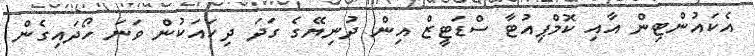
އެކައުންޓިން އާއި ކޮމްޕިއުޓާ ސްޑަޓީޒް އިން ދުނިޔޭގެ ގަދަ ދިހައަކުން ވަނަ ހޯދައިގެން